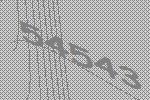
54543